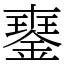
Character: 䥅